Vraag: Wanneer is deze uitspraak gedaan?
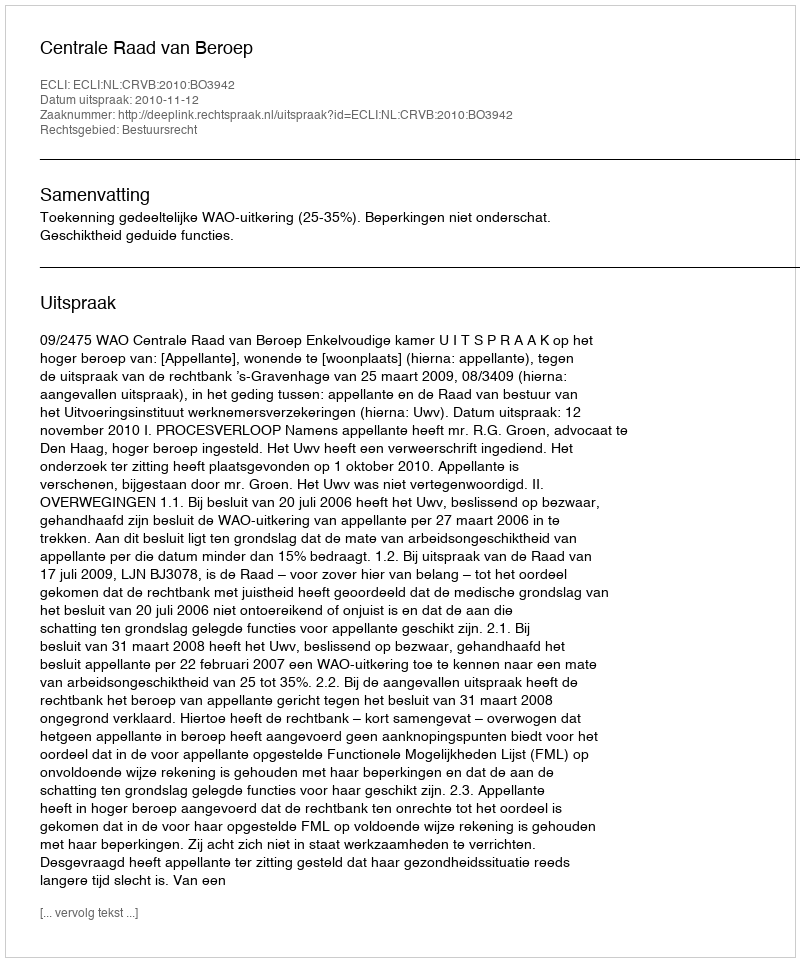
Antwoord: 2010-11-12